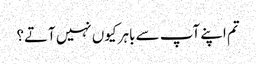
تم اپنے آپ سے باہر کیوں نہیں آتے؟